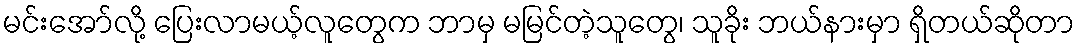
မင်းအော်လို့ ပြေးလာမယ့်လူတွေက ဘာမှ မမြင်တဲ့သူတွေ၊ သူခိုး ဘယ်နားမှာ ရှိတယ်ဆိုတာ